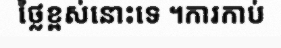
ថ្លៃខ្ពស់នោះទេ ។ការកាប់